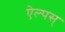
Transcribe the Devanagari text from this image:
ऐल्पस्